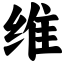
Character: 维